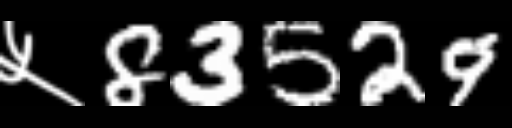
Text: ५83529